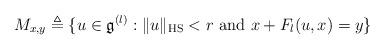
LaTeX: \begin{align*}M_{x,y}\triangleq \{u\in\mathfrak{g}^{(l)}:\|u\|_\mathrm{HS}<r\ \mathrm{and}\ x+F_l(u,x)=y\}\end{align*}